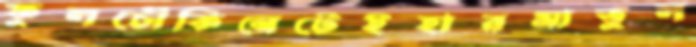
ফুলচৌকিনেটেইহারমাতুল